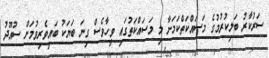
ސަރުކާރު ބަލިކުރުމުގެ މަސައްކަތްކަމަށާ މި މަސައްކަތުގައި ވީހާވެސް ގިނަ ބަޔަކު ބައިވެރިވުމަށް ސުއޫދު